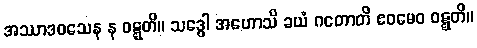
အဿာဒဝသေန န ဝဋ္ဋတိ။ သဒ္ဓေါ အဟောသိ ခယံ ဂတောတိ ဧဝမေဝ ဝဋ္ဋတိ။